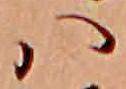
ハ